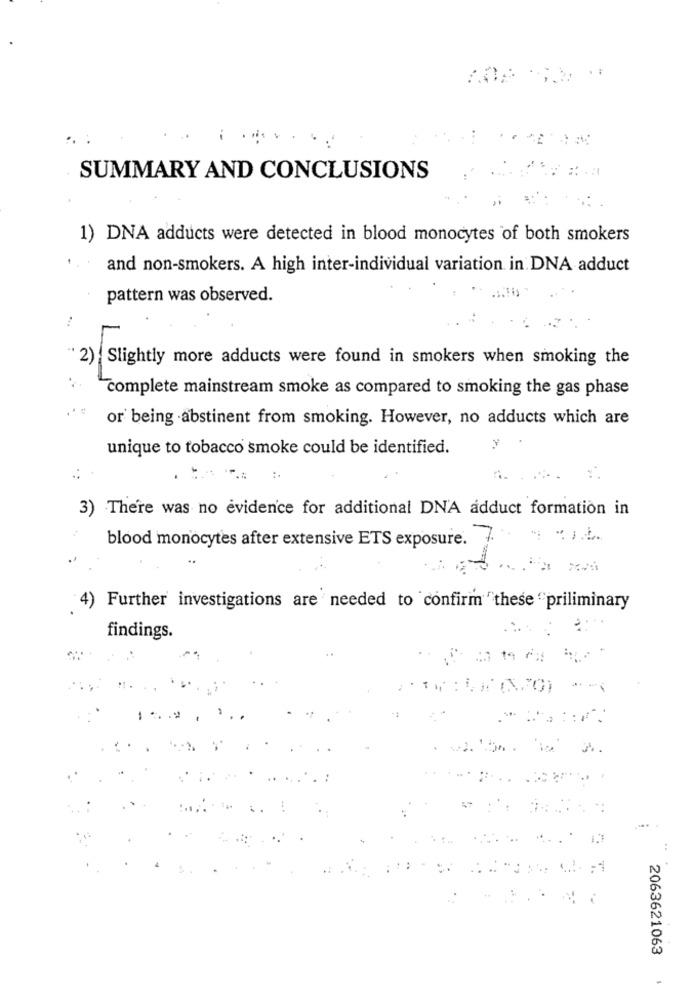
SUMMARY AND CONCLUSIONS
1) DNA adducts were detected in blood monocytes of both smokers
and non-smokers. A high inter-individual variation in DNA adduct
pattern was observed.
2)
Slightly more adducts were found in smokers when smoking the
complete mainstream smoke as compared to smoking the gas phase
or being abstinent from smoking. However, no adducts which are
unique to tobacco smoke could be identified.
3)
There was no evidence for additional DNA adduct formation in
blood monocytes after extensive ETS exposure.
4)
Further investigations are needed to confirm "these "priliminary
findings.
2063621063
-